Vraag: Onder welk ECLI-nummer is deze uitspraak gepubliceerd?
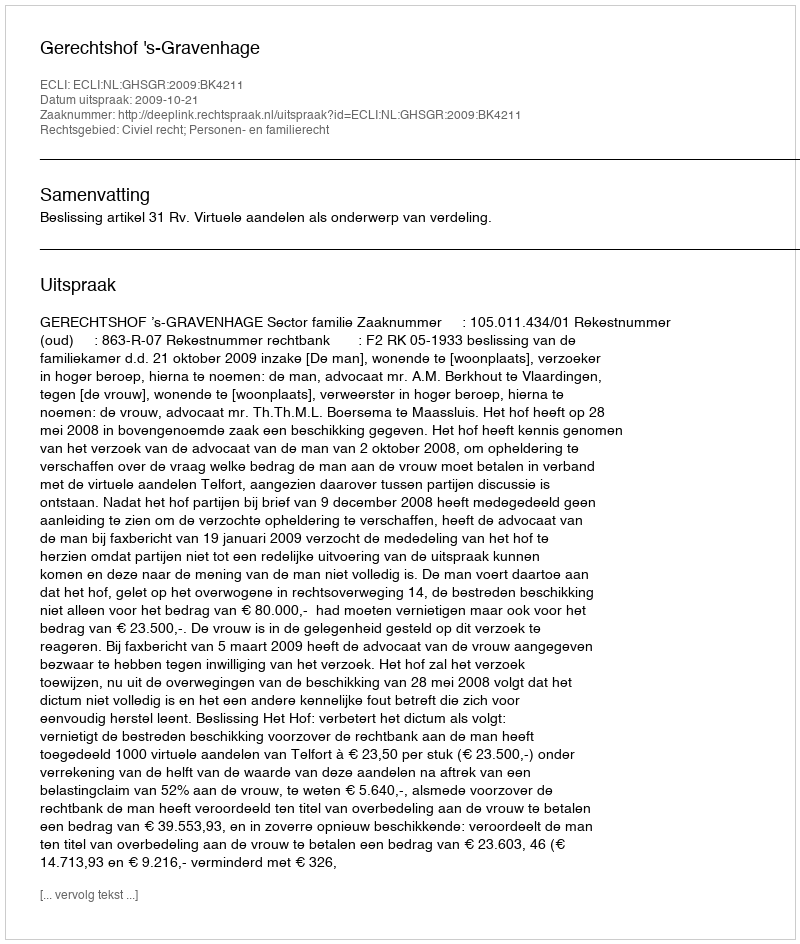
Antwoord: ECLI:NL:GHSGR:2009:BK4211